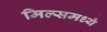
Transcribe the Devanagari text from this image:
मिल्समध्ये